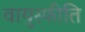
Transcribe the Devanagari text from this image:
वायुस्फीति